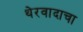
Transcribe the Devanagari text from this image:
थेरवादाचा